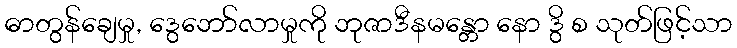
ဓာတွန်ချေမှု, ဒွေဘော်လာမှုကို ဘုဇာဒီနမန္တော နော ဒွိ စ သုတ်ဖြင့်သာ